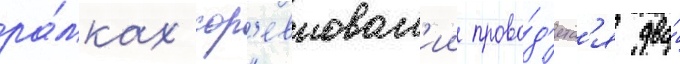
ра́мках сор'евнован'ии прово́д'ятс'я два́